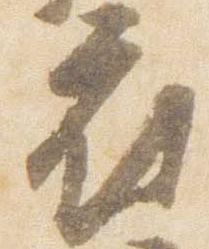
府